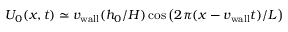
U _ { 0 } ( x , t ) \simeq v _ { \mathrm { w a l l } } ( h _ { 0 } / H ) \cos \left( 2 \pi ( x - v _ { \mathrm { w a l l } } t ) / L \right)